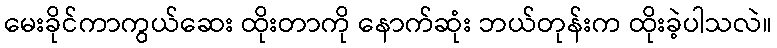
မေးခိုင်ကာကွယ်ဆေး ထိုးတာကို နောက်ဆုံး ဘယ်တုန်းက ထိုးခဲ့ပါသလဲ။